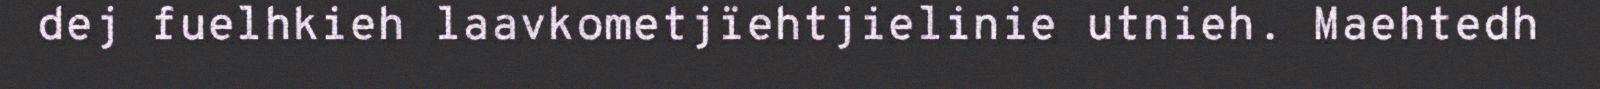
dej fuelhkieh laavkometjïehtjielinie utnieh. Maehtedh